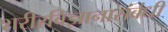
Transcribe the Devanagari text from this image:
शरीरविज्ञानासंबंधी